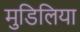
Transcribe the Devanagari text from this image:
मुडिलिया